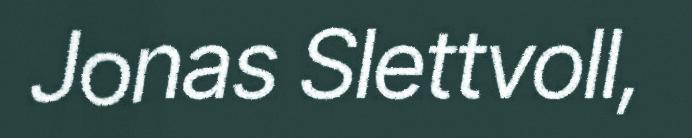
Jonas Slettvoll,